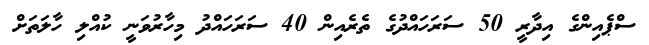
ސްޕެއިންގެ އިދާރީ 50 ސަރަހައްދުގެ ތެރެއިން 40 ސަރަހައްދު މިހާރުވަނީ ކުއްލި ހާލަތަށް